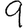
Digit: 9